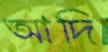
আদি